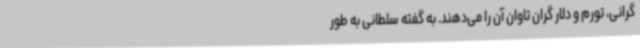
گرانی، تورم و دلار گران تاوان آن را می‌دهند. به گفته سلطانی به طور